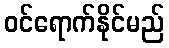
ဝင်ရောက်နိုင်မည်